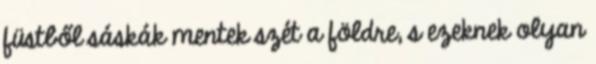
füstből sáskák mentek szét a földre, s ezeknek olyan